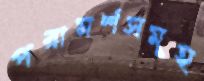
পরামর্শসমূহ